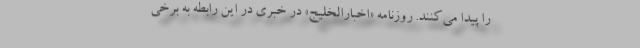
را پیدا می‌کنند. روزنامه «اخبارالخلیج» در خبری در این رابطه به برخی